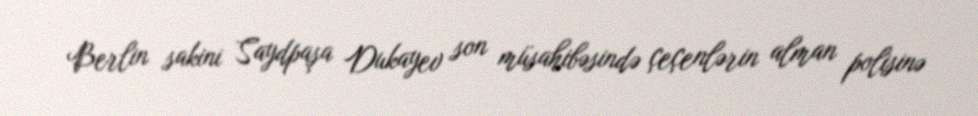
Berlin sakini Saydpaşa Dukayev son müsahibəsində çeçenlərin alman polisinə